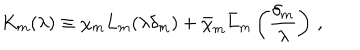
LaTeX: K _ { m } ( \lambda ) \equiv \chi _ { m } L _ { m } ( \lambda \delta _ { m } ) + \bar { \chi } _ { m } \bar { L } _ { m } \left( \frac { \delta _ { m } } { \lambda } \right) \, ,